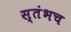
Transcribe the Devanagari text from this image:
स्तंभच